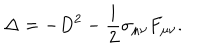
LaTeX: \Delta = - D ^ { 2 } - \frac { \mathrm { i } } 2 \sigma _ { \mu \nu } F _ { \mu \nu } .